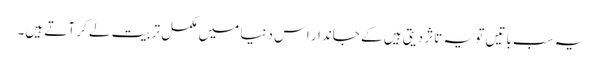
یہ سب باتیں تو یہ تاثر دیتی ہیں کے جاندار اس دنیا میں مکمل تربیت لے کر آتے ہیں۔